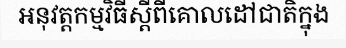
អនុវត្តកម្មវិធីស្តីពីគោលដៅជាតិក្នុង